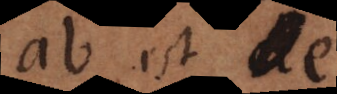
ab est de